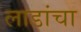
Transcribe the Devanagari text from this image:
लाडांचा